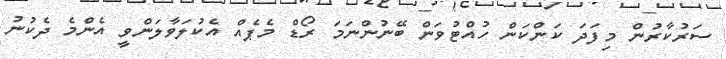
ސަރުކާރުން މިފަދަ ކަންކަން ހުއްޓުވަން ބޭނުންނަމަ ރޯޑް މެޕެއް އެކުލަވާލަންވީ އެންމެ ދެކުނު